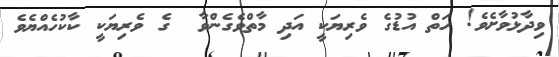
ވިދާޅުވާށެވެ! ހަތް އުޑުގެ ވެރިޔަކީ އަދި މާތްވެގެންވާ  ގެ ވެރިޔަކީ ކާކުހެއްޔެވެ